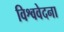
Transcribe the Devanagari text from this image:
विश्ववेदना